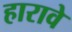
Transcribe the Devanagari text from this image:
हारावे